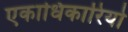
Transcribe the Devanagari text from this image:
एकाधिकारियो